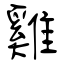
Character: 雞